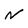
Character: N